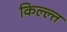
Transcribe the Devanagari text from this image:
किल्ल्त